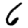
Digit: 6